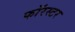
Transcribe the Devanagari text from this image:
फॉरस्टर